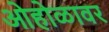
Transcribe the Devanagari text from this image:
ओहोळावर